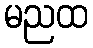
မညထ